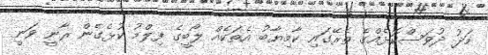
މަދު ދުވަސްކޮޅެއްގެ ތެރޭގައި ކާމިޔާބު އެތަކެއް ލޯބީގެ ފިލްމު ކުޅެގެން ރާނީ ވަނީ